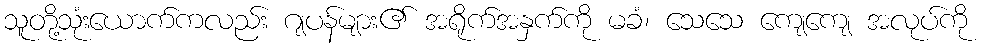
သူတို့သုံးယောက်ကလည်း ဂျပန်များ၏ အရိုက်အနှက်ကို မခံ၊ သေသေ ကျေကျေ အလုပ်ကို